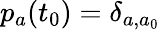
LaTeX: p_{a}(t_{0})=\delta_{a,a_{0}}